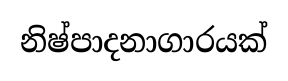
නිෂ්පාදනාගාරයක්